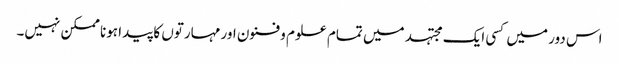
اس دور میں کسی ایک مجتہد میں تمام علوم و فنون اور مہارتوں کا پیدا ہونا ممکن نہیں۔